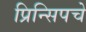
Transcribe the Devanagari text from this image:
प्रिन्सिपचे